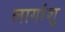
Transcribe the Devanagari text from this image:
लागांशु